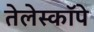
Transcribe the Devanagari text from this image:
तेलेस्कॉपे